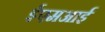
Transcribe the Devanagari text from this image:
ईएमअाई